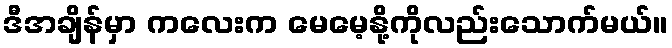
ဒီအချိန်မှာ ကလေးက မေမေ့နို့ကိုလည်းသောက်မယ်။